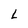
Character: L